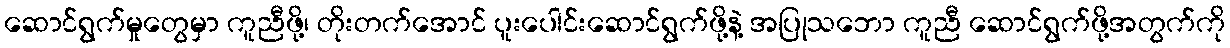
ဆောင်ရွက်မှုတွေမှာ ကူညီဖို့၊ တိုးတက်အောင် ပူးပေါင်းဆောင်ရွက်ဖို့နဲ့ အပြုသဘော ကူညီ ဆောင်ရွက်ဖို့အတွက်ကို